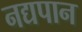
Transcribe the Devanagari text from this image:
नद्यपान